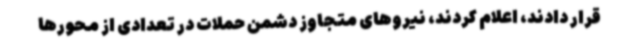
قرار دادند، اعلام کردند، نیروهای متجاوز دشمن حملات در تعدادی از محورها